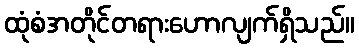
ထုံစံအတိုင်တရားဟောလျက်ရှိသည်။